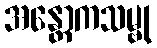
အန္တောကသမ္ဗု